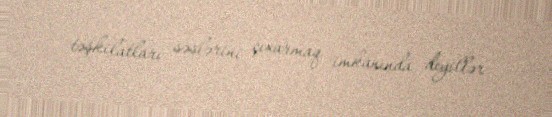
təşkilatları səslərini çıxarmaq imkanında deyillər.